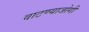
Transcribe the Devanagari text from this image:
वाटण्याजोगी